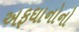
અફઘાનોનો